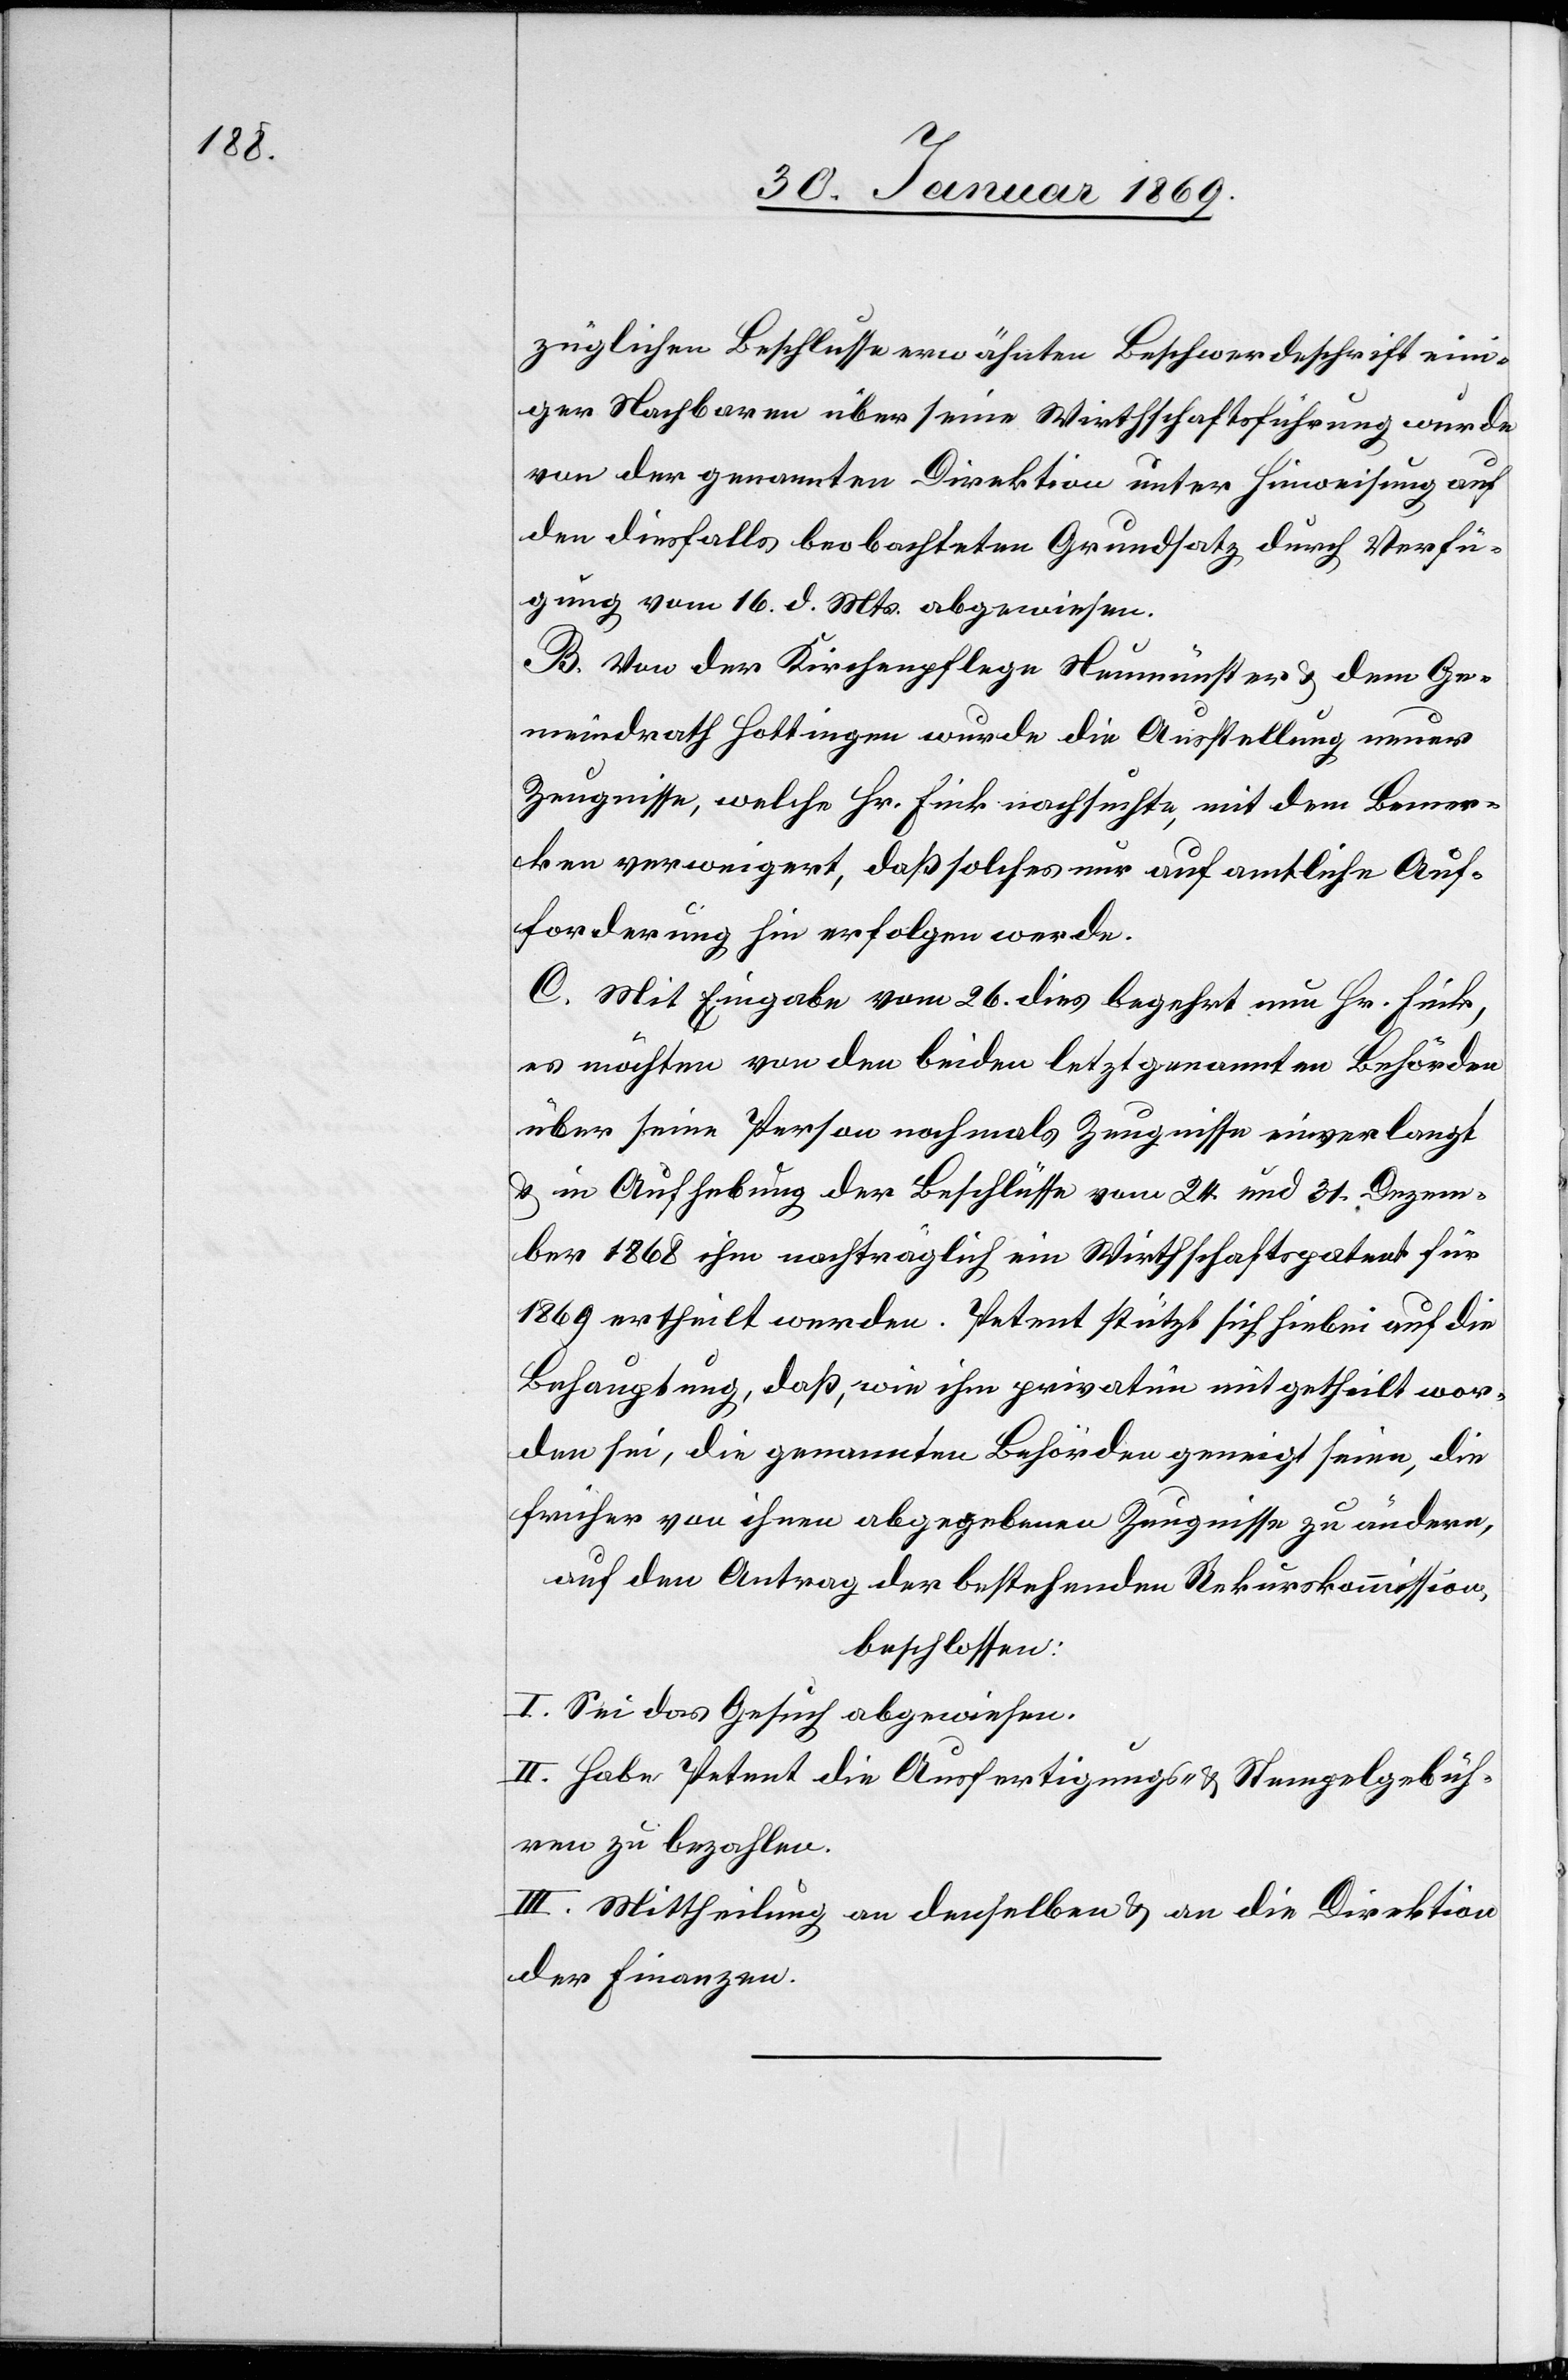
züglichen Beschlusse erwähnten Beschwerdeschrift eini¬
ger Nachbarn über seine Wirthschaftsführung wurde
von der genannten Direktion unter Hinweisung auf
den diesfalls beobachteten Grundsatz durch Verfü¬
gung vom 16. d. Mts. abgewiesen.
B. Von der Kirchenpflege Neumünster u. dem Ge¬
meindrath Hottingen wurde die Ausstellung neuer
Zeugnisse, welche Hr. Fink nachsuchte, mit dem Bemer¬
ken verweigert, daß solches nur auf amtliche Auf¬
forderung hin erfolgen werde.
C. Mit Eingabe vom 26. dies begehrt nun Hr. Fink,
es möchten von den beiden letztgenannten Behörden
über seine Person nochmals Zeugnisse einverlangt
u. in Aufhebung der Beschlüsse vom 24. und 31. Dezem¬
ber 1868 ihm nachträglich ein Wirthschaftspatent für
1869 ertheilt werden. Petent stützt sich hiebei auf die
Behauptung, daß, wie ihm privatim mitgetheilt wor¬
den sei, die genannten Behörden geneigt seien, die
früher von ihnen abgegebenen Zeugnisse zu ändern,
auf den Antrag der betreffenden Rekurskommission,
beschlossen:
I. Sei das Gesuch abgewiesen.
II. Habe Petent die Ausfertigungs- u. Stempelgebüh¬
ren zu bezahlen.
III. Mittheilung an denselben u. an die Direktion
der Finanzen.